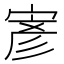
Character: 𭔂